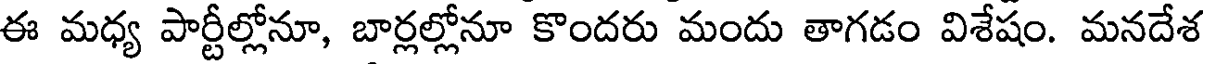
ఈ మధ్య పార్టీల్లోనూ, బార్లల్లోనూ కొందరు మందు తాగడం విశేషం. మనదేశ